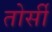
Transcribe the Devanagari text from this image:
तोर्सी